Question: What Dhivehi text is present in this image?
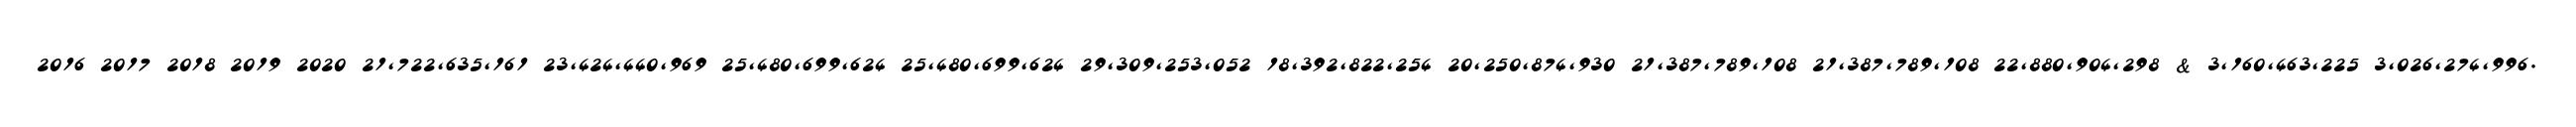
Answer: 2016 2017 2018 2019 2020 21,722,635,161 23,424,440,969 25,480,699,624 25,480,699,624 29,309,253,052 18,392,822,254 20,250,874,930 21,387,789,108 21,387,789,108 22,880,904,298 & 3,160,463,225 3,026,274,996.